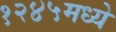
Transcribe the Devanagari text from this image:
१२४५मध्ये